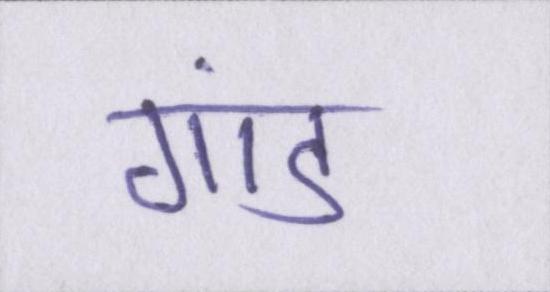
गांड